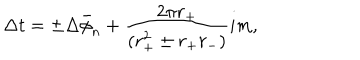
\Delta t = \pm \Delta \bar { \phi } _ { n } + { \frac { 2 \pi r _ { + } } { ( r _ { + } ^ { 2 } \pm r _ { + } r _ { - } ) } } i m ,